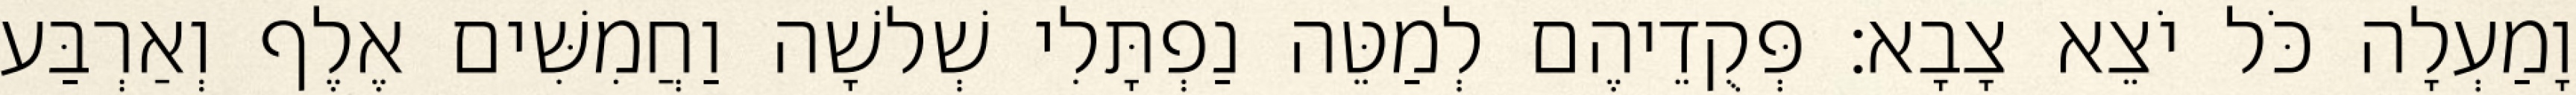
וָמַעְלָה כֹּל יֹצֵא צָבָא׃ פְּקֻדֵיהֶם לְמַטֵּה נַפְתָּלִי שְׁלשָׁה וַחֲמִשִּׁים אֶלֶף וְאַרְבַּע